Vaccination in Bombay 1902-1912 - 1902-1912
Year: 1902
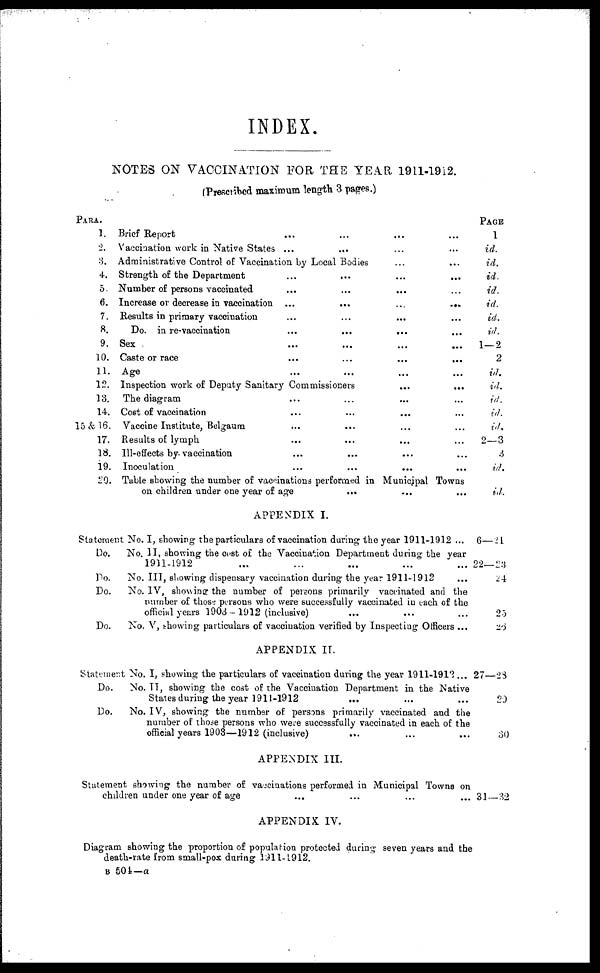
INDEX.
NOTES ON VACCINATION FOR THE YEAR 1911-1912.
(Prescribed maximum length 3 pages.)
PARA.
1.
2.
3.
4.
5.
6.
7.
8.
9.
10.
11.
12.
13.
14.
15&16.
17.
18.
19.
20.
Brief Report .... ... ... ...
Vaccination work in Native States ... ... ... ...
Administrative Control of Vaccination by Local Bodies ... ...
Strength of the Department ... ... ... ...
Number of persons vaccinated ... ... ... ...
Increase or decrease in vaccination ...
... ... ...
Results in primary vaccination ... ... ... ...
Do. in re-vaccination ... ... ... ...
Sex
...
...
...
...
Caste or race
...
...
...
...
Age ... ... ... ...
Inspection work of Deputy Sanitary Commissioners ... ...
The diagram ... ... ... ...
Cost of vaccination ... ... ... ...
Vaccine Institute, Belgaum ... ... ... ...
Results of lymph ... ... ... ...
Ill-effects by vaccination ... ... ... ...
Inoculation ... ... ... ...
Table showing the number of vaccinations performed in Municipal Towns
on children under one year of age
... ... ...
PAGE
1
id.
id.
id.
id.
id.
id.
id.
1—2
2
id.
id.
id.
id.
id.
2—3
3
id.
id.
APPENDIX I.
Statement No. I, showing the particulars of vaccination during the year 1911-1912 ...
Do.
No. II, showing the cost of the Vaccination Department during the year
1911-1912 ... ... ... ... ...
Do.
No. III, showing dispensary vaccination during the year 1911-1912 ...
Do.
No. IV, showing the number of persons primarily vaccinated and the
number of those persons who were successfully vaccinated in each of the
official years 1903-1912 (inclusive) ... ... ...
Do.
No. V, showing particulars of vaccination verified by Inspecting Officers ...
6—21
22—23
24
25
26
APPENDIX II.
Statement No. I, showing the particulars of vaccination during the year 1911-1912...
Do.
No. II, showing the cost of the Vaccination Department in the Native
States during the year 1911-1912
... ... ...
Do.
No. IV, showing the number of persons primarily vaccinated and the
number of those persons who were successfully vaccinated in each of the
official years 1903—1912 (inclusive) ... ... ...
27—28
20
30
APPENDIX III.
Statement showing the number of vaccinations performed in Municipal Towns on
children under one year of age ... ... ... ...
31—32
APPENDIX IV.
Diagram showing the proportion of population protected during seven years and the
death-rate from small-pox during 1911-1912.
B 504—a